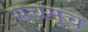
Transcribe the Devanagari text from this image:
सचमूच